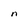
Character: n